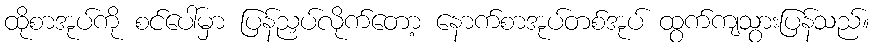
ထိုစာအုပ်ကို စင်ပေါ်မှာ ပြန်ညှပ်လိုက်တော့ နောက်စာအုပ်တစ်အုပ် ထွက်ကျသွားပြန်သည်။